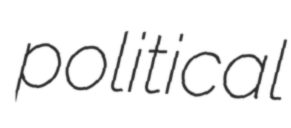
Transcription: political